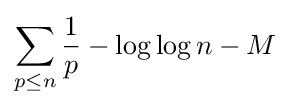
\sum _{p\leq n}{\frac {1}{p}}-\log \log n-M